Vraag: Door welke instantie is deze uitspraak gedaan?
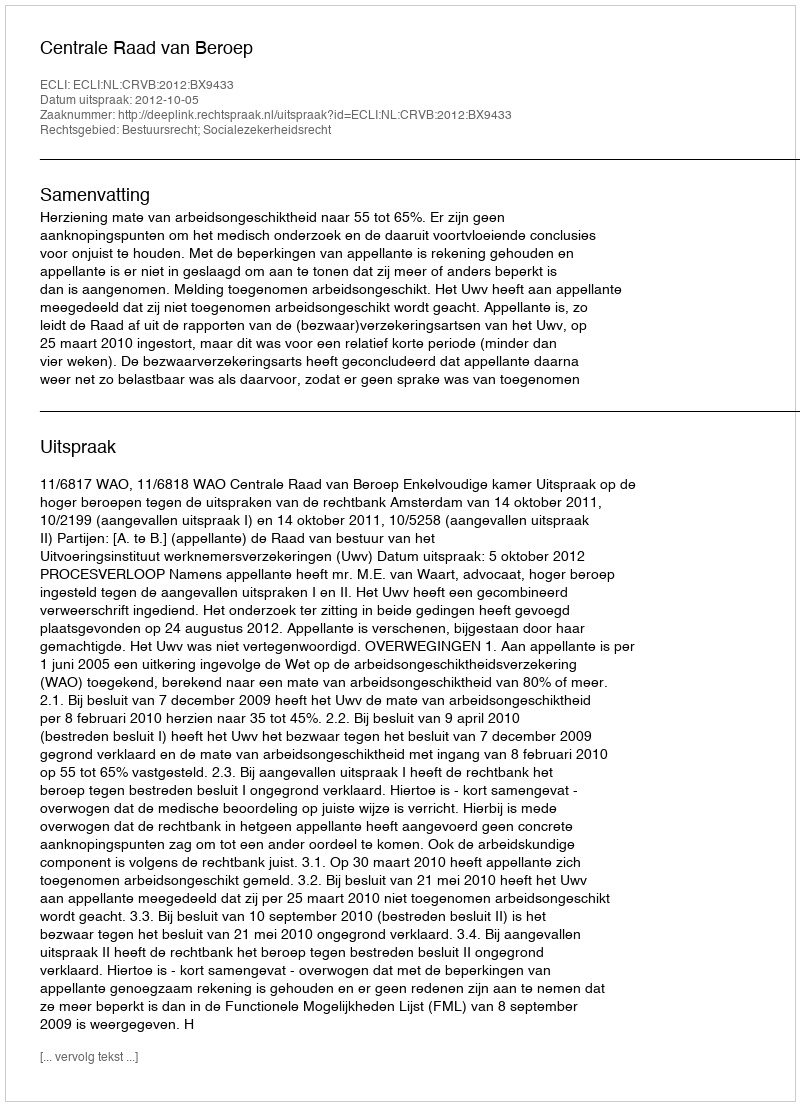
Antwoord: Centrale Raad van Beroep